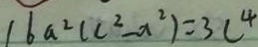
1 6 a ^ { 2 } ( c ^ { 2 } - a ^ { 2 } ) = 3 c ^ { 4 }